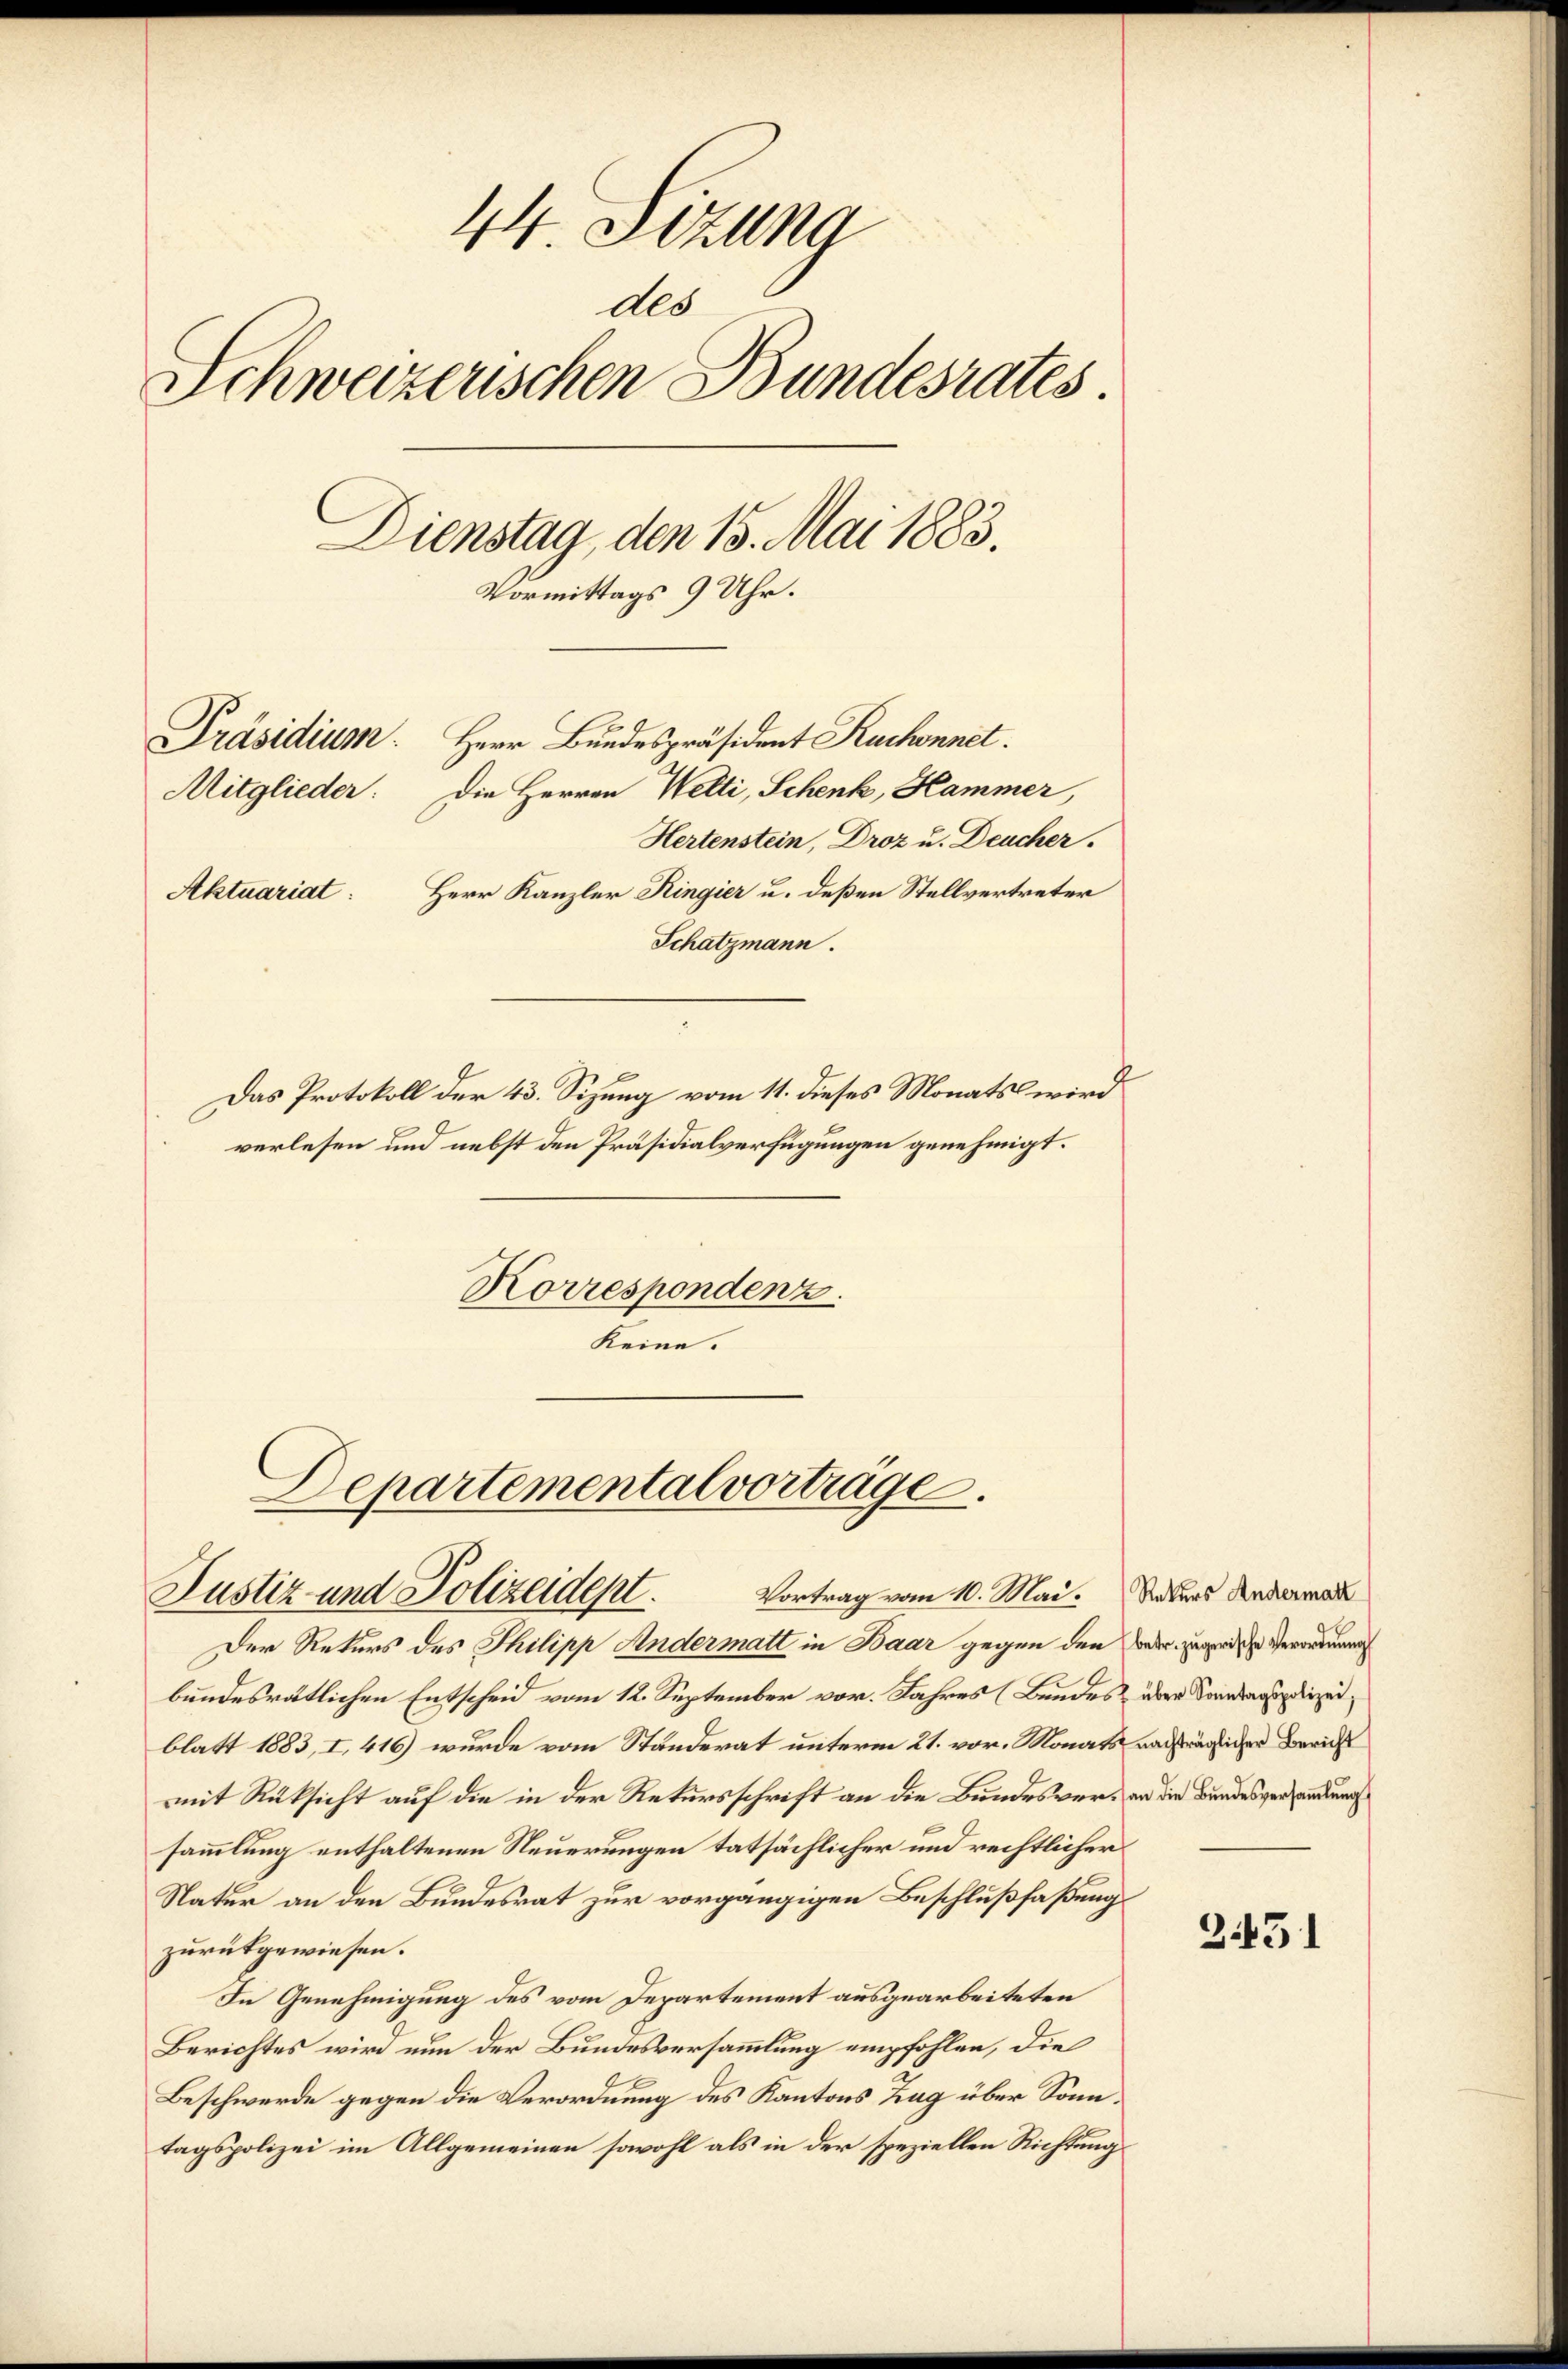
44. Sezung
ddo
Schweizerischen Bundesrates
Dienstag, den 15. Mai 1883.
Vormittags 9 Uhr.
Präsidium Herr Bundespräsident Ruchonnet.
Mitglieder: Die Herren Welti, Schenk, Hammer,
Hertenstein, Droz u. Deucher.
Herr Kanzler Ringier u. deßen Stellvertreter
Aktuariat:
Schatzmann.
Das Protokoll der 43. Sizung vom 11. dieses Monats wird
verlesen und nebst den Präsidialverfügungen genehmigt.

Korrespondenz.
keine.

Departemental vortrage.
Justiz und Polizeident. Vortrag vom 10. Mai. Siders denkerma

Der Rekurs des Philipp Andermatt in Baar gegen den Beder zugerische Verordnung
bundesrätlichen Entscheid vom 12. September vor. Jahres (Bundes über Sonntaginizeiblatt 1883, I. 416) wurde vom Ständerat unterm 21. vor. Monats verträglicher Bericht
mit Rüksicht auf die in der Rekursschrift an die Bundesver- an die Bundesversendungs
sammlung enthaltenen Neuerungen tatsächlicher und rechtlicher
Natur an den Bundesrat zur vorgängigen Beschlußfaßung
zurükgewiesen.
In Genehmigung des vom Departement ausgearbeiteten
Berichtes wird nun der Bundesversammlung empfohlen, die
Beschwerde gegen die Verordnung des Kantons Zug über Sonntagspolizei im Allgemeinen sowohl als in der speziellen Richtung

3451